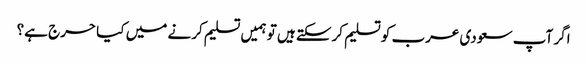
اگر آپ سعودی عرب کو تسلیم کرسکتے ہیں تو ہمیں تسلیم کرنے میں کیا حرج ہے؟